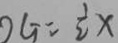
O G = \frac { 1 } { 2 } x